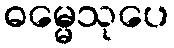
ဓမ္မေသုပေ